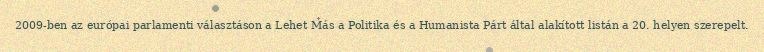
2009-ben az európai parlamenti választáson a Lehet Más a Politika és a Humanista Párt által alakított listán a 20. helyen szerepelt.